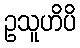
ဥသူဟိပိ